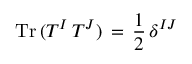
\mathrm { T r } \, ( T ^ { I } \, T ^ { J } ) \, = \, \frac { 1 } { 2 } \, \delta ^ { I J }